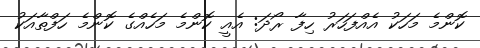
ކޮންމެ މަހަކު އެއްފަހަރު ހިފާ ރޯދަ: އެއީ ކޮންމެ މަހެއްގެ ކޮންމެ ހަފްތާއަކު